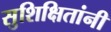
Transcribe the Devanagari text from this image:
सुशिक्षितांनी